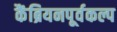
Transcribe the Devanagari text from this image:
कैंब्रियनपूर्वकल्प